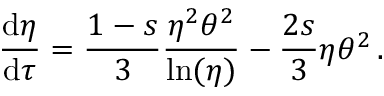
\frac { \mathrm { d } \eta } { \mathrm { d } \tau } = \frac { 1 - s } { 3 } \frac { \eta ^ { 2 } \theta ^ { 2 } } { \ln ( \eta ) } - \frac { 2 s } { 3 } \eta \theta ^ { 2 } \, .